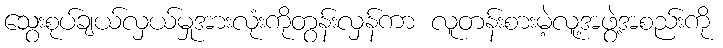
သွေးစုပ်ချယ်လှယ်မှုအားလုံးကိုတွန်းလှန်ကာ လူတန်းစားမဲ့လူ့အဖွဲ့အစည်းကို